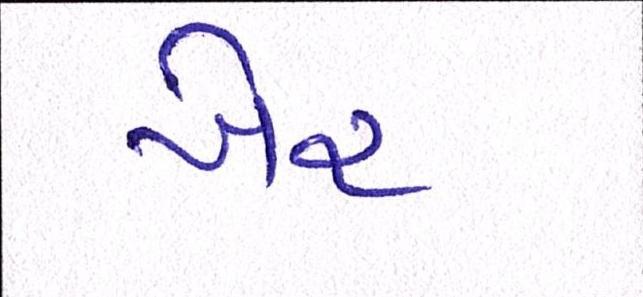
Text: ખેર